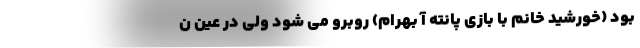
بود (خورشید خانم با بازی پانته آ بهرام) روبرو می شود ولی در عین ن